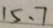
1 5 、 7